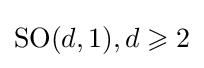
\mathrm {SO} (d,1),d\geqslant 2